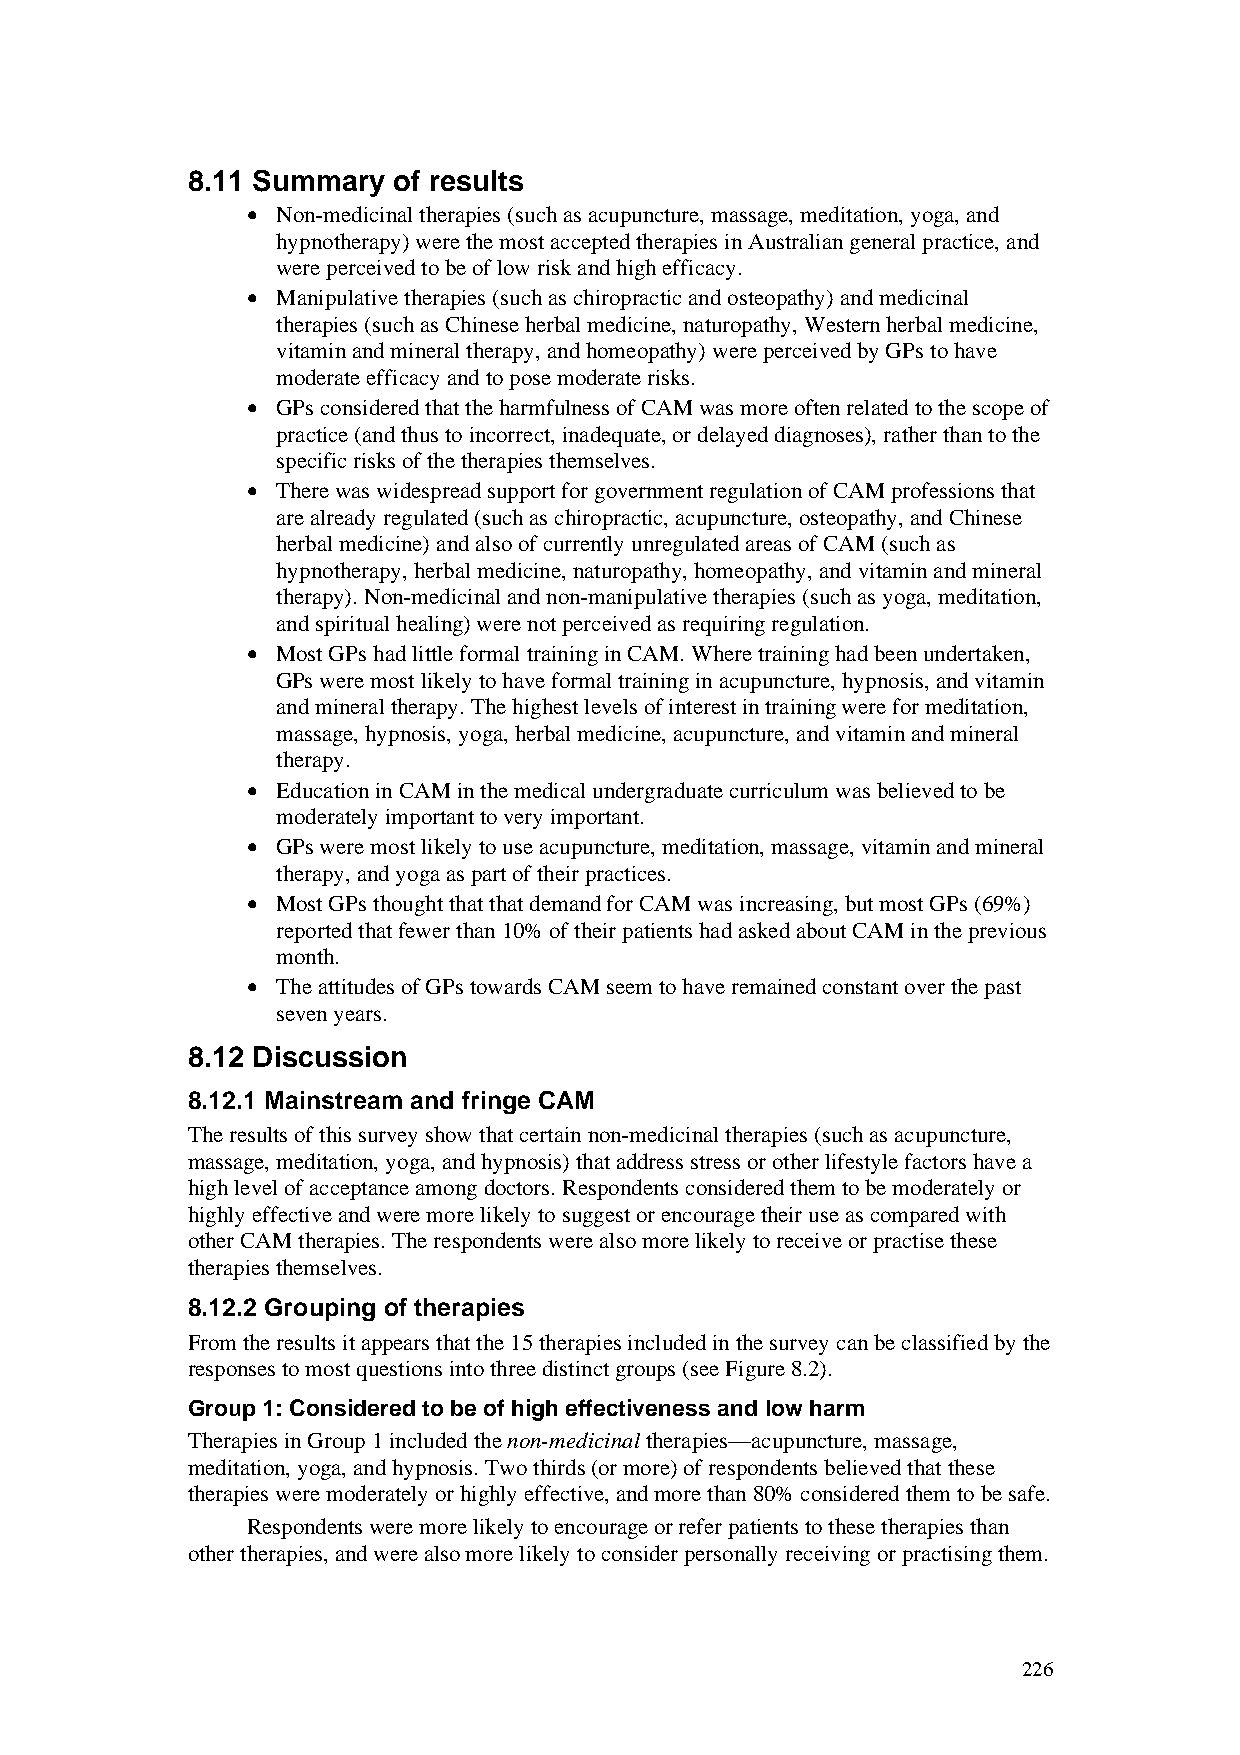
8.11 Summary  of results
 • Non-medicinal therapies (such as acupuncture, massage, meditation, yoga, and
 hypnotherapy) were the most accepted therapies in Australian general practice, and
 were perceived to be of low risk and high efficacy.
 • Manipulative therapies (such as chiropractic and osteopathy) and medicinal
 therapies (such as Chinese herbal medicine, naturopathy, Western herbal medicine,
 vitamin and mineral therapy, and homeopathy) were perceived by GPs to have
 moderate efficacy and to pose moderate risks.
 • GPs considered that the harmfulness of CAM was more often related to the scope of
 practice (and thus to incorrect, inadequate, or delayed diagnoses), rather than to the
 specific risks of the therapies themselves.
 • There was widespread support for government regulation of CAM professions that
 are already regulated (such as chiropractic, acupuncture, osteopathy, and Chinese
 herbal medicine) and also of currently unregulated areas of CAM (such as
 hypnotherapy, herbal medicine, naturopathy, homeopathy, and vitamin and mineral
 therapy). Non-medicinal and non-manipulative therapies (such as yoga, meditation,
 and spiritual healing) were not perceived as requiring regulation.
 • Most GPs had little formal training in CAM. Where training had been undertaken,
 GPs were most likely to have formal training in acupuncture, hypnosis, and vitamin
 and mineral therapy. The highest levels of interest in training were for meditation,
 massage, hypnosis, yoga, herbal medicine, acupuncture, and vitamin and mineral
 therapy.
 • Education in CAM in the medical undergraduate curriculum was believed to be
 moderately important to very important.
 • GPs were most likely to use acupuncture, meditation, massage, vitamin and mineral
 therapy, and yoga as part of their practices.
 • Most GPs thought that that demand for CAM was increasing, but most GPs (69%)
 reported that fewer than 10% of their patients had asked about CAM in the previous
 month.
 • The attitudes of GPs towards CAM seem to have remained constant over the past
 seven years.
 8.12 Discussion
 8.12.1 Mainstream and fringe CAM
 The results of this survey show that certain non-medicinal therapies (such as acupuncture,
 massage, meditation, yoga, and hypnosis) that address stress or other lifestyle factors have a
 high level of acceptance among doctors. Respondents considered them to be moderately or
 highly effective and were more likely to suggest or encourage their use as compared with
 other CAM therapies. The respondents were also more likely to receive or practise these
 therapies themselves.
 8.12.2 Grouping of therapies
 From the results it appears that the 15 therapies included in the survey can be classified by the
 responses to most questions into three distinct groups (see Figure 8.2).
 Group 1: Considered to be of high effectiveness and low harm
 Therapies in Group 1 included the non-medicinal therapies—acupuncture, massage,
 meditation, yoga, and hypnosis. Two thirds (or more) of respondents believed that these
 therapies were moderately or highly effective, and more than 80% considered them to be safe.
 Respondents were more likely to encourage or refer patients to these therapies than
 other therapies, and were also more likely to consider personally receiving or practising them.
 226